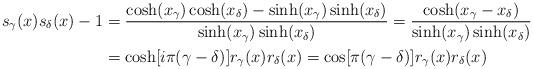
LaTeX: \begin{align*}s_\gamma(x)s_\delta(x)-1&=\frac{\cosh(x_\gamma)\cosh(x_\delta)-\sinh(x_\gamma)\sinh(x_\delta)}{\sinh(x_\gamma)\sinh(x_\delta)}=\frac{\cosh(x_\gamma-x_\delta)}{\sinh(x_\gamma)\sinh(x_\delta)}\\&=\cosh[i\pi(\gamma-\delta)]r_\gamma(x)r_\delta(x)=\cos[\pi(\gamma-\delta)]r_\gamma(x)r_\delta(x)\end{align*}